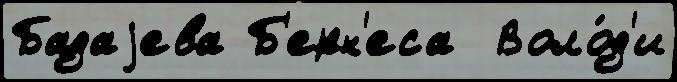
Бадаjева Б'ерн'еса  Воло́д'и